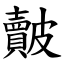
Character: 皾